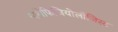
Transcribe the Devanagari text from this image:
न्यरोफिजियोलॉजिस्ट